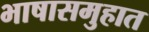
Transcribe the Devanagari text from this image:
भाषासमुहात